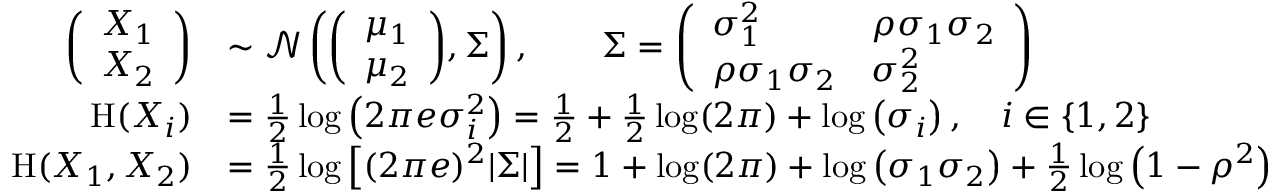
{ \begin{array} { r l } { { \left( \begin{array} { l } { X _ { 1 } } \\ { X _ { 2 } } \end{array} \right) } } & { \sim { \mathcal { N } } \left( { \left( \begin{array} { l } { \mu _ { 1 } } \\ { \mu _ { 2 } } \end{array} \right) } , \Sigma \right) , \qquad \Sigma = { \left( \begin{array} { l l } { \sigma _ { 1 } ^ { 2 } } & { \rho \sigma _ { 1 } \sigma _ { 2 } } \\ { \rho \sigma _ { 1 } \sigma _ { 2 } } & { \sigma _ { 2 } ^ { 2 } } \end{array} \right) } } \\ { \mathrm { H } ( X _ { i } ) } & { = { \frac { 1 } { 2 } } \log \left( 2 \pi e \sigma _ { i } ^ { 2 } \right) = { \frac { 1 } { 2 } } + { \frac { 1 } { 2 } } \log ( 2 \pi ) + \log \left( \sigma _ { i } \right) , \quad i \in \{ 1 , 2 \} } \\ { \mathrm { H } ( X _ { 1 } , X _ { 2 } ) } & { = { \frac { 1 } { 2 } } \log \left[ ( 2 \pi e ) ^ { 2 } | \Sigma | \right] = 1 + \log ( 2 \pi ) + \log \left( \sigma _ { 1 } \sigma _ { 2 } \right) + { \frac { 1 } { 2 } } \log \left( 1 - \rho ^ { 2 } \right) } \end{array} }